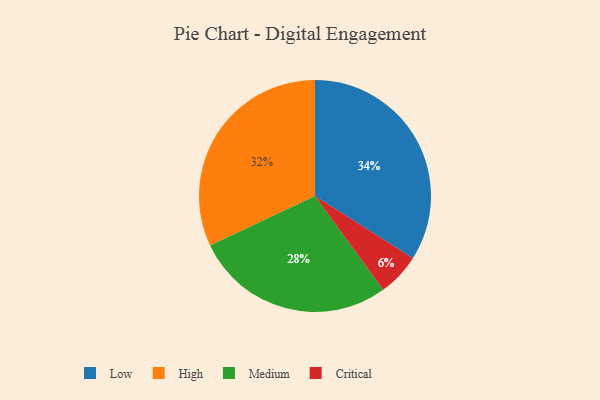
{"axis": {"x": "Category", "y": "Percentage"}, "legend": ["Critical", "High", "Low", "Medium"], "data": [{"x": "Critical", "y": 6, "type": "Critical"}, {"x": "Medium", "y": 28, "type": "Medium"}, {"x": "High", "y": 32, "type": "High"}, {"x": "Low", "y": 34, "type": "Low"}]}